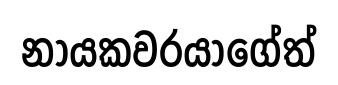
නායකවරයාගේත්